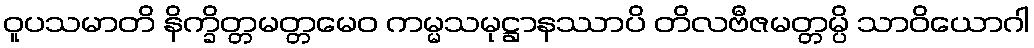
ဝူပသမာတိ နိက္ခိတ္တမတ္တမေဝ ကမ္မသမုဋ္ဌာနဿာပိ တိလဗီဇမတ္တမ္ပိ သာဝိယောဂါ